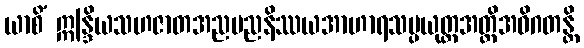
ယာစိံ ဣန္ဒြိယသဟဇာတအညမညနိဿယအာဟာရသမ္ပယုတ္တအတ္ထိအဝိဂတန္တိ